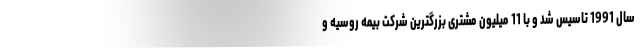
سال 1991 تاسیس شد و با 11 میلیون مشتری بزرگترین شرکت بیمه روسیه و